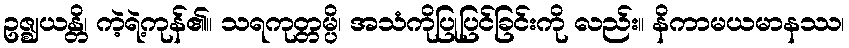
ဥဇ္ဈယန္တိ၊ ကဲ့ရဲ့ကုန်၏။ သရကုတ္တမ္ပိ၊ အသံကိုပြုပြင်ခြင်းကို လည်း။ နိကာမယမာနဿ၊